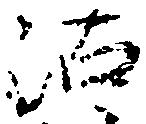
沽